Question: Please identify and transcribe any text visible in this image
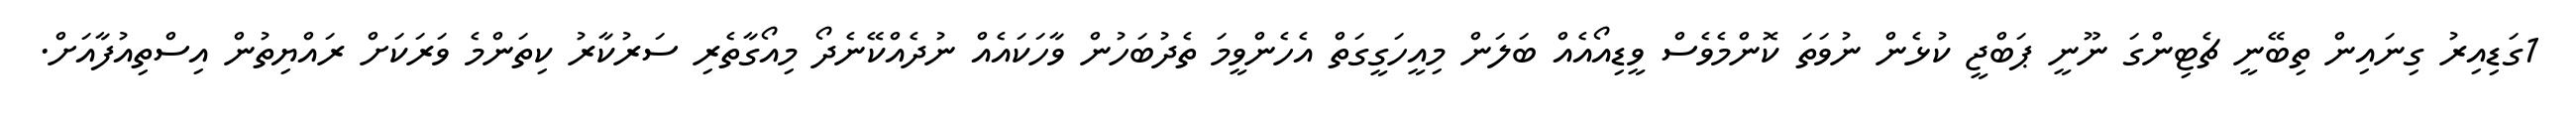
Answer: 1ގަޑިއިރު ގިނައިން ތިބޭނީ ޗެޓިންގަ ނޫނީ ޕަބްޖީ ކުޅެން ނުވަތަ ކޮންމެވެސް ވީޑިއޯއެއް ބަލަން މިއީހަގީގަތް އެހެންވީމަ ތެދުބަހުން ވާހަކައެއް ނުދެއްކޭނެދޯ މިއޯގާތެރި ސަރުކާރު ކިތަންމެ ވަރަކަށް ރައްޔިތުން އިސްތިއުފާއަށް.